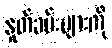
နှုတ်ခမ်းများကို